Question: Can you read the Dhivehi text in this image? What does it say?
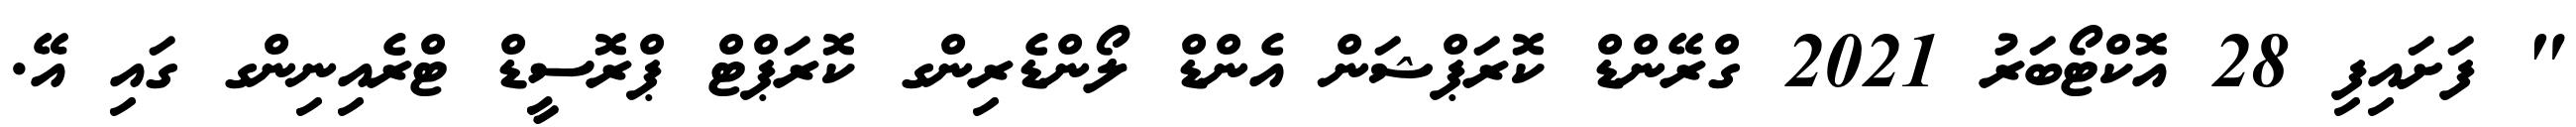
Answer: " ފަށައިފި 28 އޮކްޓޯބަރު 2021 ގްރޭންޑް ކޮރަޕްޝަން އެންޑް ލޯންޑެރިންގ ކޮރަޕްޓް ޕްރޮސީޑް ޓްރެއިނިންގ ގައި އޭ.